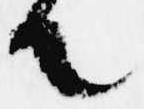
て